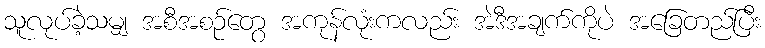
သူလုပ်ခဲ့သမျှ အစီအစဉ်တွေ အကုန်လုံးကလည်း အဲဒီအချက်ကိုပဲ အခြေတည်ပြီး